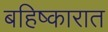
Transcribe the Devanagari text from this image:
बहिष्कारात